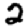
Digit: 2